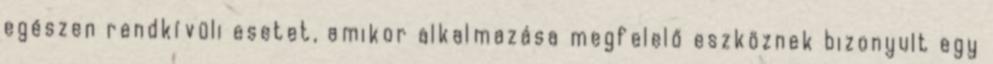
egészen rendkívüli esetet, amikor alkalmazása megfelelő eszköznek bizonyult egy